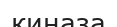
киназа